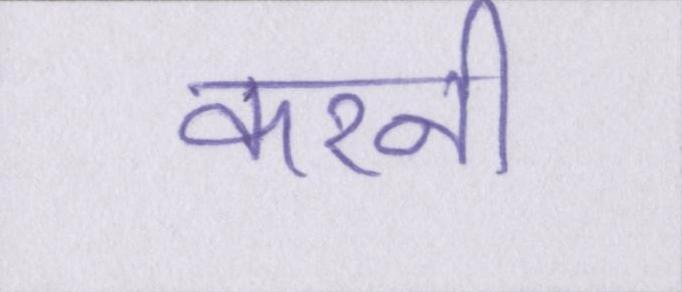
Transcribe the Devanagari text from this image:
करनी